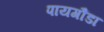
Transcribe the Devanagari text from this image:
पायगौंडा